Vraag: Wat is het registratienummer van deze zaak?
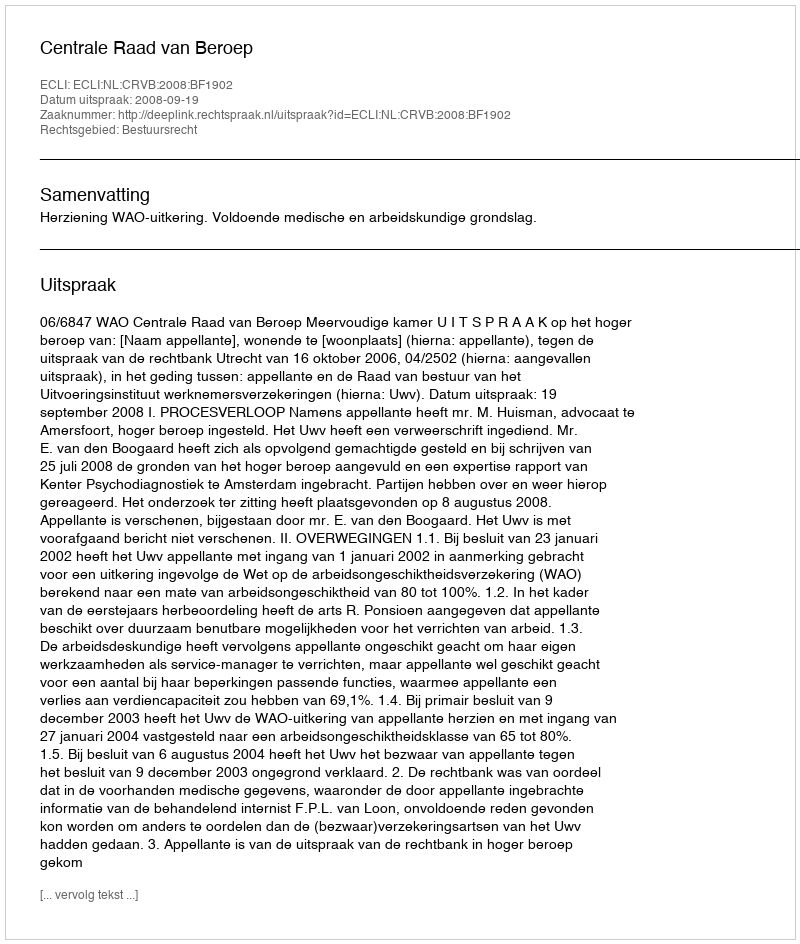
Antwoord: http://deeplink.rechtspraak.nl/uitspraak?id=ECLI:NL:CRVB:2008:BF1902